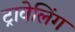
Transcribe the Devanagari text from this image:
ट्रावेलिंग